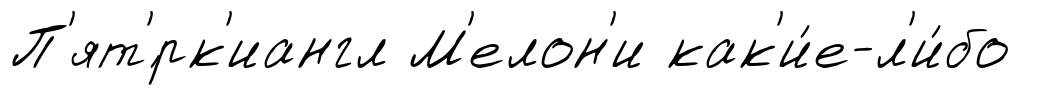
П'ят'́рк'иангл М'елон'и как'и́е-л'и́бо